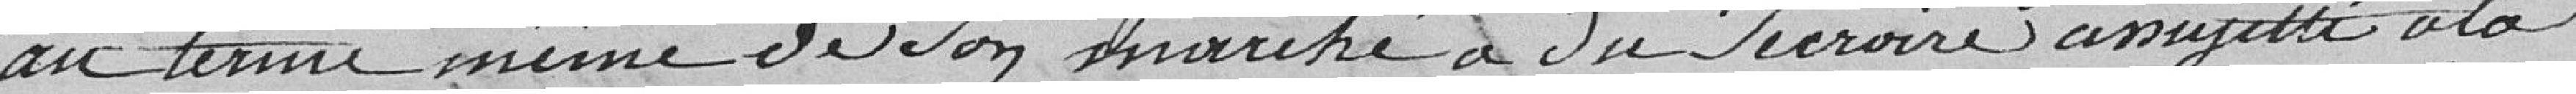
au terme même de son marché a du *** assujetti à la